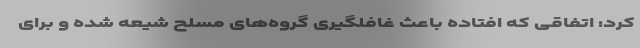
کرد: اتفاقی که افتاده باعث غافلگیری گروه‌های مسلح شیعه شده و برای